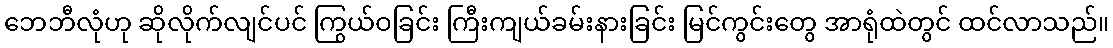
ဘေဘီလုံဟု ဆိုလိုက်လျင်ပင် ကြွယ်ဝခြင်း ကြီးကျယ်ခမ်းနားခြင်း မြင်ကွင်းတွေ အာရုံထဲတွင် ထင်လာသည်။